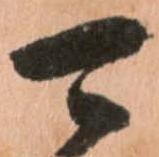
可